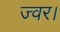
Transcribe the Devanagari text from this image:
ज्वर।